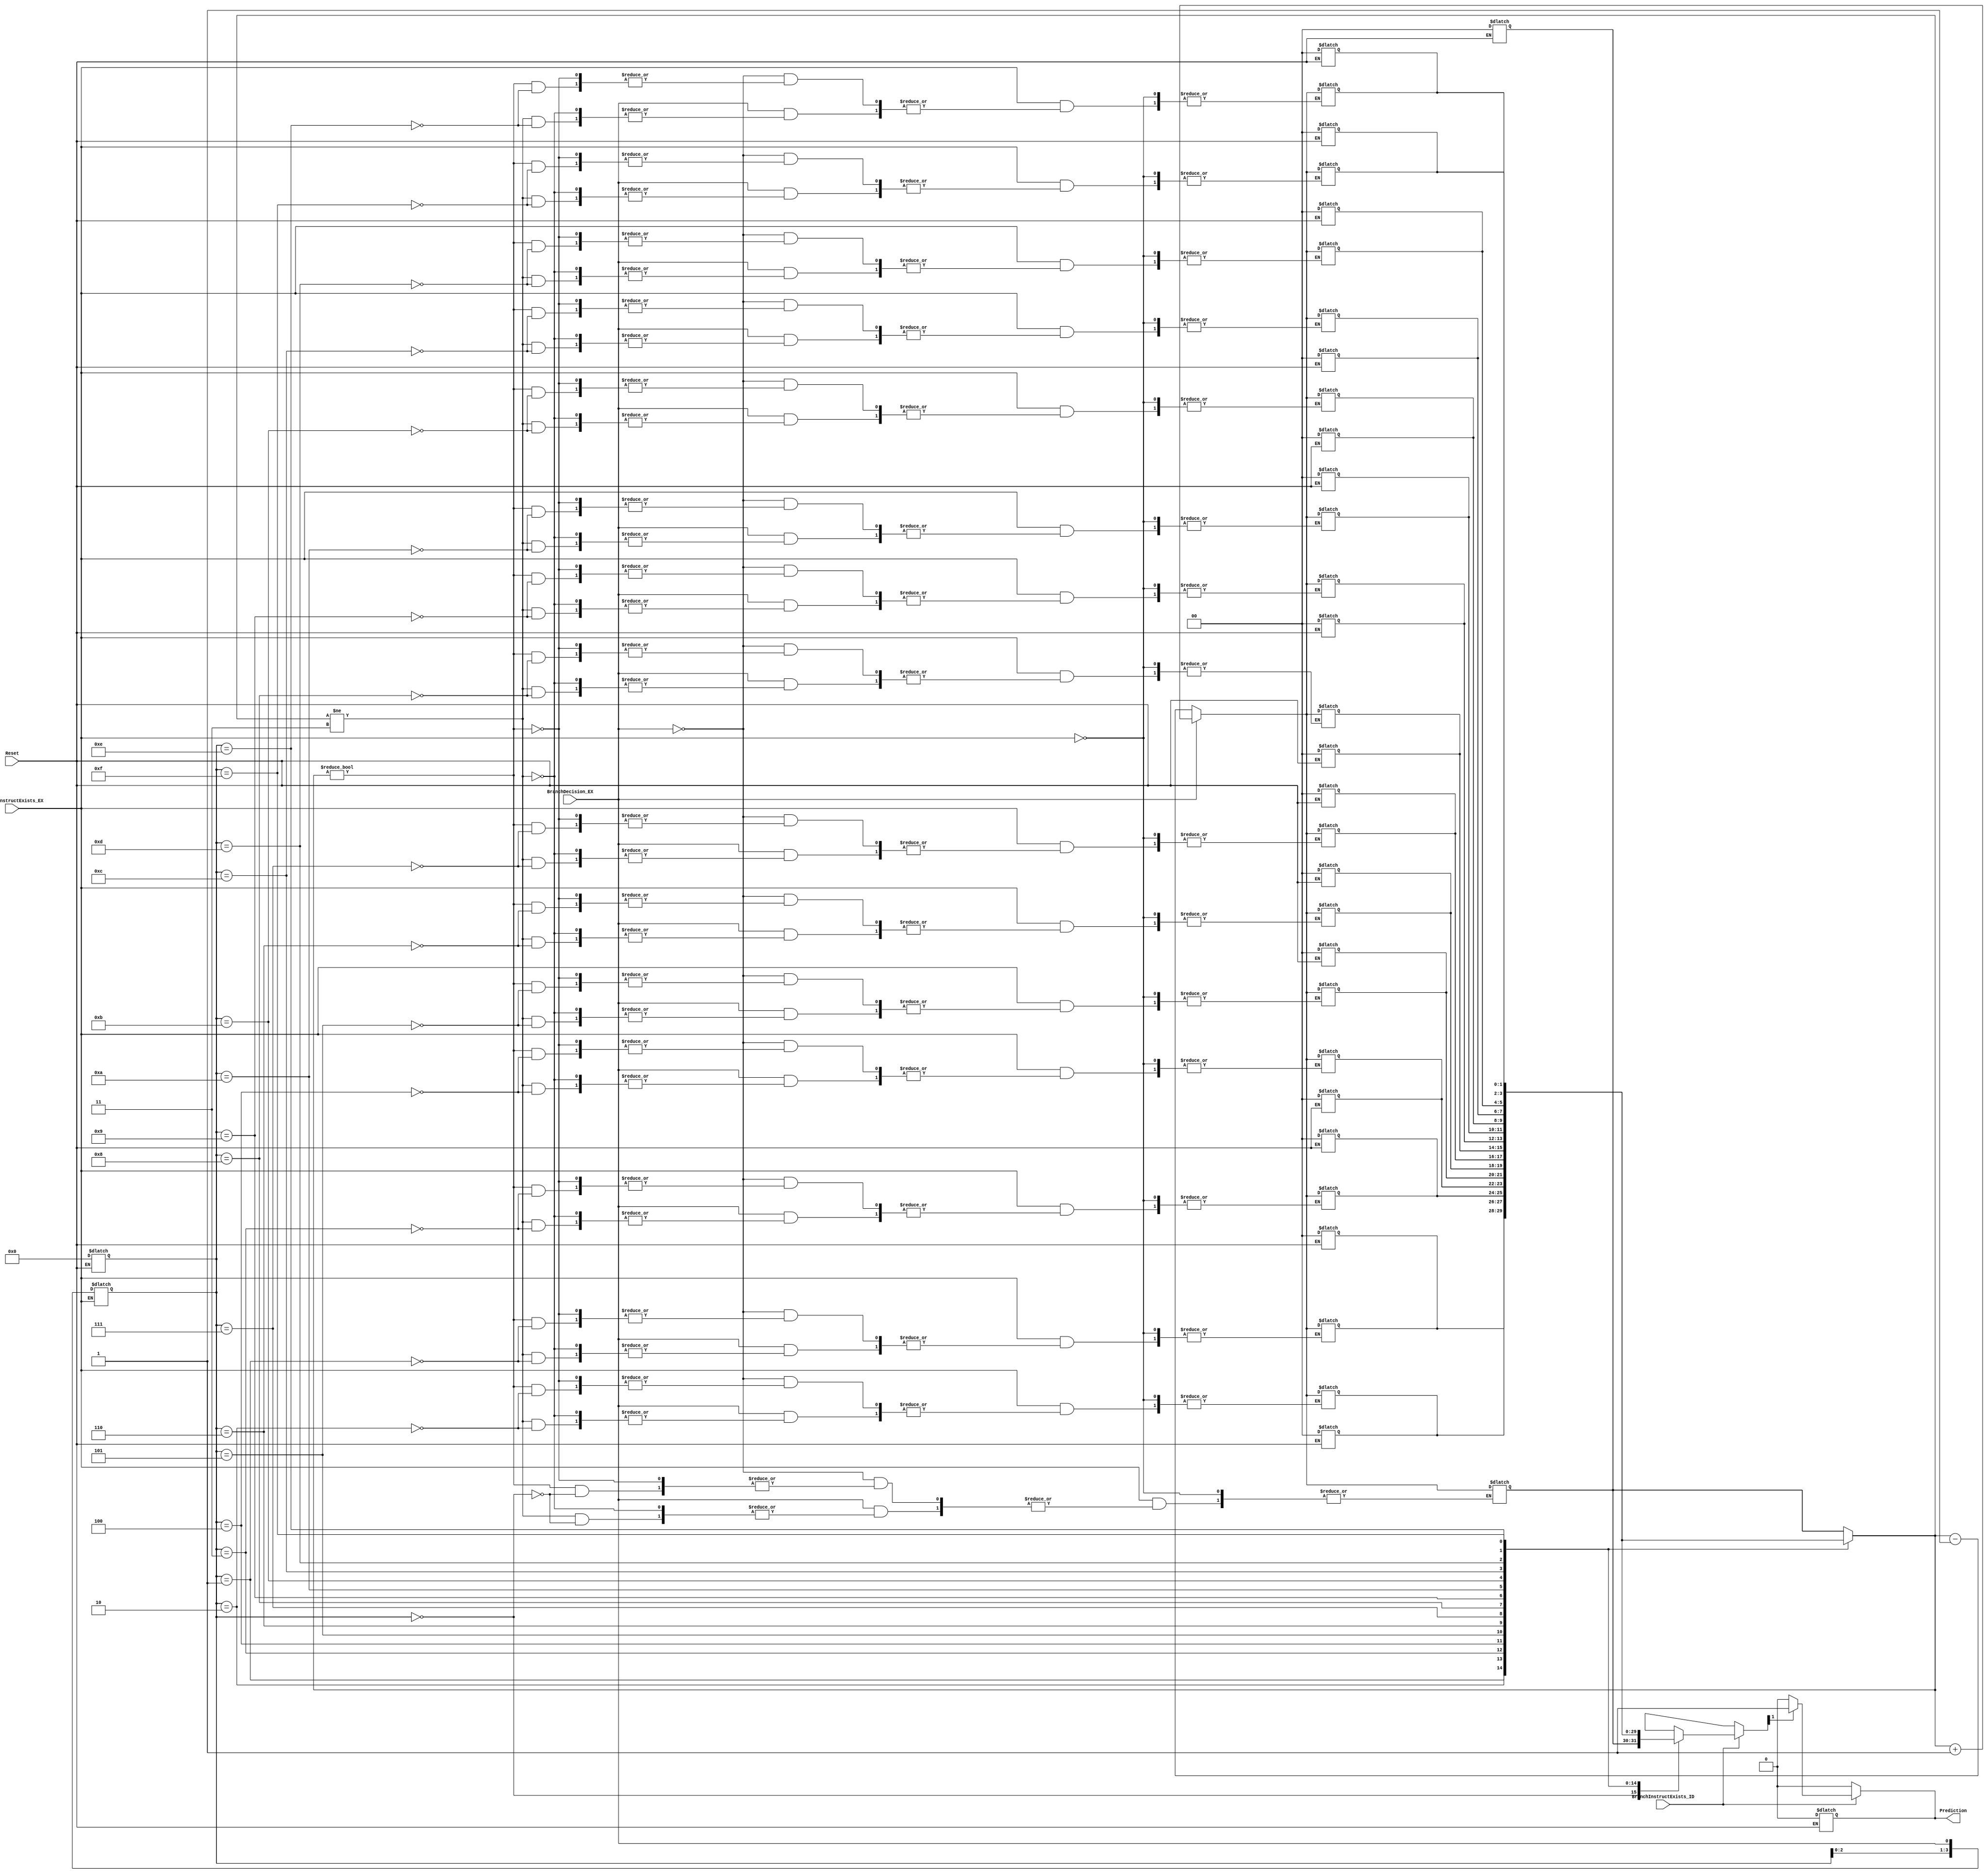
module BranchPredictor(Reset,BranchInstructExists_ID,BranchInstructExists_EX,BranchDecision_EX,Prediction);
	parameter n = 4;
	
	integer i;
	input BranchInstructExists_ID,BranchInstructExists_EX,BranchDecision_EX,Reset;
	output Prediction;
	reg Prediction;
	
	reg [n-1:0] BranchHistory;// PARAM [n-1:0]
	reg [1:0] BranchPattern [0:(1<<n)-1];// PARAM [0:(n*2)-1]
	
	always @(Reset) begin
		if (Reset) begin
			for (i = 0; i < (1<<n); i = i + 1) begin
				BranchPattern[i] <= 0;
			end
			BranchHistory <= 0;
			Prediction <= 0;
		end
	end
	
	
	always @ (BranchInstructExists_EX) begin
		if (BranchInstructExists_EX) begin
			BranchHistory <= {BranchHistory[n-2:0],BranchDecision_EX};// PARAM BranchHistory[n-2,0]
			if (BranchDecision_EX) begin
				if (BranchPattern[BranchHistory] != 3)
					BranchPattern[BranchHistory] <= BranchPattern[BranchHistory] + 1;
			end else begin
				if (BranchPattern[BranchHistory] != 0)
					BranchPattern[BranchHistory] <= BranchPattern[BranchHistory] - 1;
			end
			// BranchOrigin[BranchHistory] <= PCNow_EX;
			// BranchTarget[BranchHistory] <= BranchTarget_EX;
		end
	end
	
	always @(BranchInstructExists_ID) begin
		if (BranchInstructExists_ID) begin
			if (BranchPattern[BranchHistory][1] == 1) begin
				Prediction <= 1;
			end else begin
				Prediction <= 0;
			end
		end else begin 
			Prediction <= 0;
		end
	end
endmodule